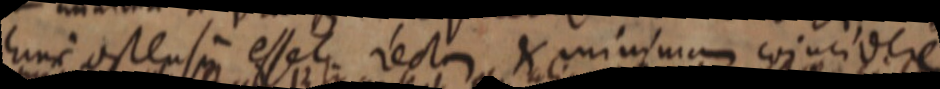
hinc ostensin esset recta X minima coincidere